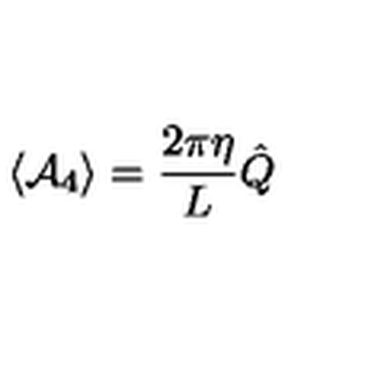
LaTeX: \langle { \cal A } _ { 4 } \rangle = \frac { 2 \pi \eta } { L } \hat { Q }